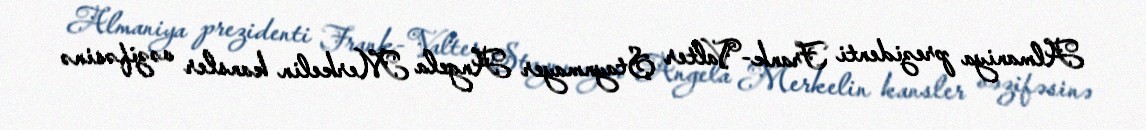
Almaniya prezidenti Frank-Valter Ştaynmayer Angela Merkelin kansler vəzifəsinə